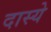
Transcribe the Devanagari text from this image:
दास्ये